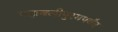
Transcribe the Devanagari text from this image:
महाबलीपुरमपर्यंत